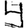
Digit: 4